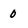
Character: 0